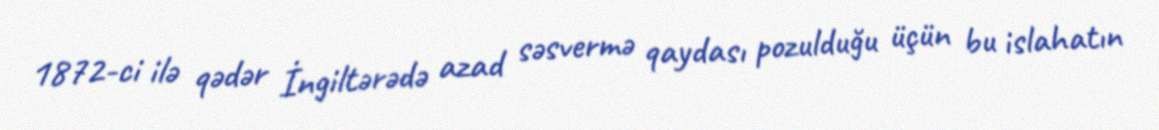
1872-ci ilə qədər İngiltərədə azad səsvermə qaydası pozulduğu üçün bu islahatın